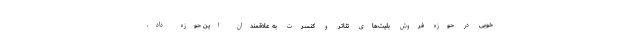
خوبی در حوزه فروش بلیت‌های تئاتر و کنسرت به علاقمندان این حوزه داد.